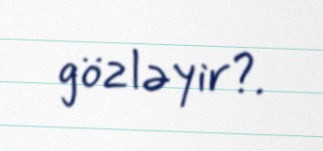
gözləyir?.